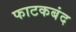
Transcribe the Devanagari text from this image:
फाटकबंद